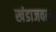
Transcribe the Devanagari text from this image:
खंडाजवळ